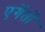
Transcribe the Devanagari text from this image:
एगेंतों